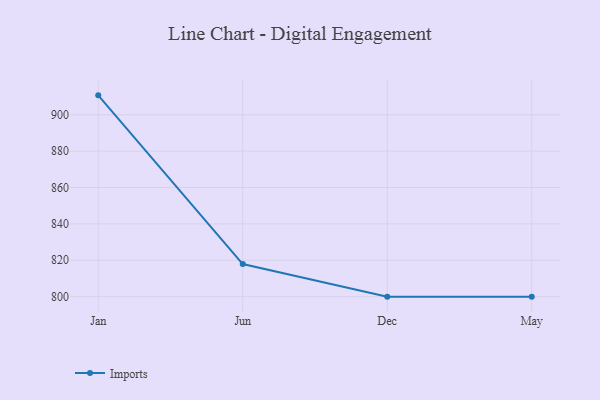
{"axis": {"x": "Month", "y": "Customer Acquisition Cost (USD)"}, "legend": ["Imports"], "data": [{"x": "Jan", "y": 910.7, "type": "Imports"}, {"x": "Jun", "y": 817.9, "type": "Imports"}, {"x": "Dec", "y": 800, "type": "Imports"}, {"x": "May", "y": 800, "type": "Imports"}]}